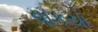
વાકયો